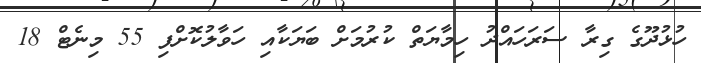
ހުޅުދޫގެ ގިރާ ސަރަހައްދު ހިމާޔަތް ކުރުމަށް ބަޔަކާއި ހަވާލުކޮށްފި 55 މިނެޓް 18